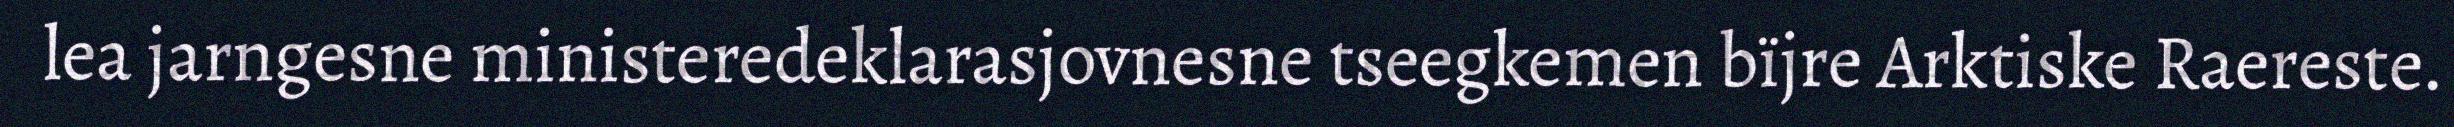
lea jarngesne ministeredeklarasjovnesne tseegkemen bïjre Arktiske Raereste.